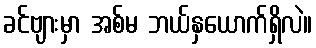
ခင်ဗျားမှာ အစ်မ ဘယ်နှယောက်ရှိလဲ။